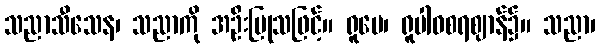
သညာသီသေန၊ သညာကို အဦးပြုသဖြင့်။ ရူပေ၊ ရူပါဝစရဈာန်၌။ သညာ၊